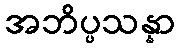
အဘိပ္ပသန္နာ